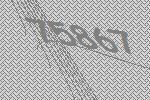
75867